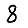
Digit: 8